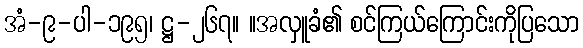
အံ-၉-ပါ-၁၉၅၊ ဋ္ဌ-၂၆၇။ ။အလှူခံ၏ စင်ကြယ်ကြောင်းကိုပြသော